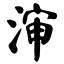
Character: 渖